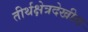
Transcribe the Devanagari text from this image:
तीर्थक्षेत्रदेखील